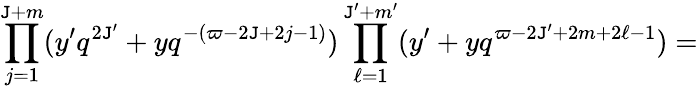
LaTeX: \prod_{j=1}^{\mathtt{J}+m}(y^{\prime}q^{2\mathtt{J}^{\prime}}+yq^{-(\varpi-2\mathtt{J}+2j-1)})\prod_{\ell=1}^{\mathtt{J}^{\prime}+m^{\prime}}(y^{\prime}+yq^{\varpi-2\mathtt{J}^{\prime}+2m+2\ell-1})=